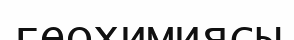
геохимиясы